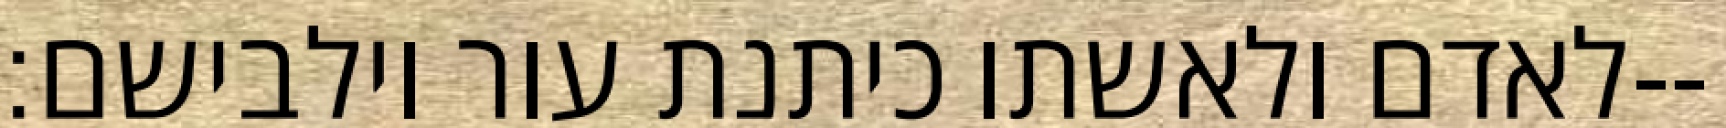
לאדם ולאשתו כיתנת עור וילבישם׃--